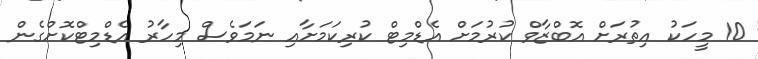
10 މީހަކު އިތުރަށް އޮބްޒާވް ކުރުމަށް އެޑްމިޓް ކުރިކަމަށާއި ނަމަވެސް މިހާރު އެޑްމިޓްކޮށްގެން